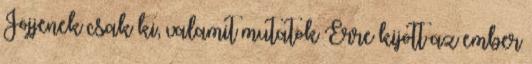
Jöjjenek csak ki, valamit mutatok Erre kijött az ember